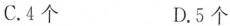
C.4个 D.5个